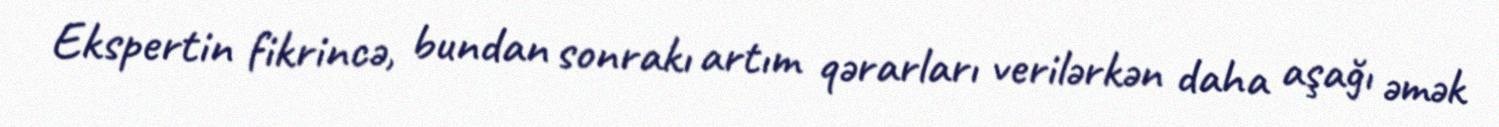
Ekspertin fikrincə, bundan sonrakı artım qərarları verilərkən daha aşağı əmək